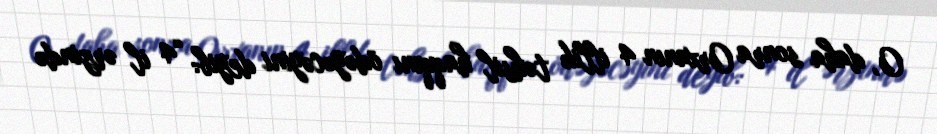
O, daha sonra Orxanın 4 illik təhsil haqqını ödəyəcəyini deyib: “4 il ərzində